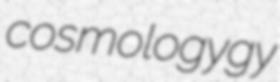
cosmologygy